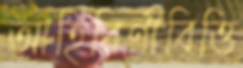
আহিরিণীবিত্তি